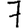
Digit: 7